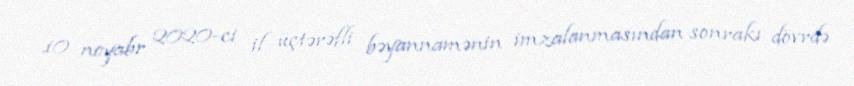
10 noyabr 2020-ci il üçtərəfli bəyannamənin imzalanmasından sonrakı dövrdə